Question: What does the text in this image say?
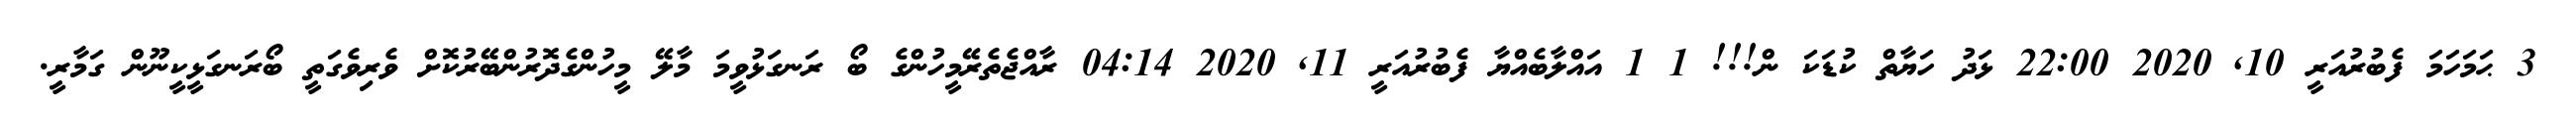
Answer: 3 ޙަމަހަމަ ފެބުރުއަރީ 10, 2020 22:00 ޅަދު ހަޔާތް ކުޑަކަ ން!!! 1 1 އައްލާބެއްޔާ ފެބުރުއަރީ 11, 2020 04:14 ރާއްޖެތެރޭމީހުންގެ ބޯ ރަނގަޅުވީމަ މާލޭ މީހުންގެދޮރުންބޭރުކޮށް ވެރިވެގަތީ ބޯރަނގަޅީކީނޫން ގަމާރީ.